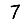
Digit: 7